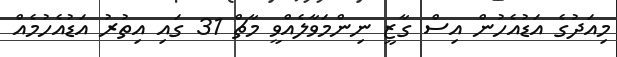
މިއަދުގެ އަޑުއެހުން އިސް ގާޒީ ނިންމަވާލެއްވީ މާޗް 31 ގައި އިތުރު އަޑުއެހުމެއް